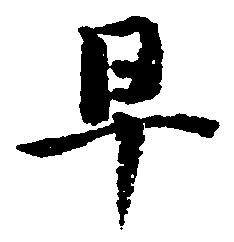
早